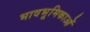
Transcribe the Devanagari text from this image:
भावभूमिकाओं